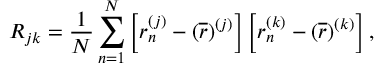
R _ { j k } = \frac { 1 } { N } \sum _ { n = 1 } ^ { N } \left[ r _ { n } ^ { ( j ) } - ( \overline { { r } } ) ^ { ( j ) } \right] \left[ r _ { n } ^ { ( k ) } - ( \overline { { r } } ) ^ { ( k ) } \right] ,